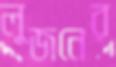
লুজনের